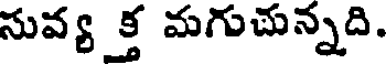
సువ్య క్త మగుచున్నది.